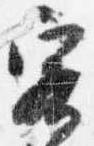
客